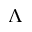
\Lambda